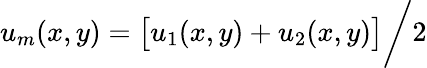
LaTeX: u_{m}(x,y)=\bigl[u_{1}(x,y)+u_{2}(x,y)\bigr]\bigg/2